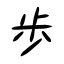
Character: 歩